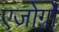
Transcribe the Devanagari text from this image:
एजोगो